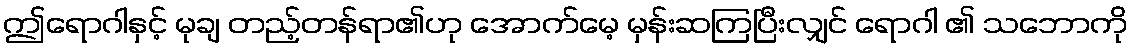
ဤရောဂါနှင့် မုချ တည့်တန်ရာ၏ဟု အောက်မေ့ မှန်းဆကြပြီးလျှင် ရောဂါ ၏ သဘောကို